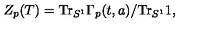
Z _ { p } ( T ) = \mathrm { T r } _ { S ^ { 1 } } \Gamma _ { p } ( t , a ) / \mathrm { T r } _ { S ^ { 1 } } 1 ,